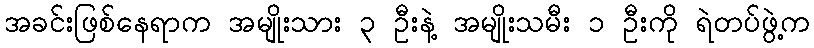
အခင်းဖြစ်နေရာက အမျိုးသား ၃ ဦးနဲ့ အမျိုးသမီး ၁ ဦးကို ရဲတပ်ဖွဲ့က